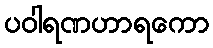
ပဝါရဏဟာရကော